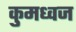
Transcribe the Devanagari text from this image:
कुमध्वज